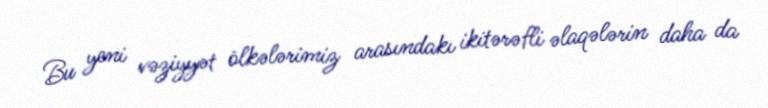
Bu yeni vəziyyət ölkələrimiz arasındakı ikitərəfli əlaqələrin daha da